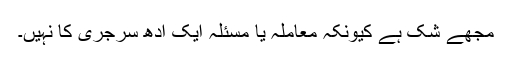
مجھے شک ہے کیونکہ معاملہ یا مسئلہ ایک آدھ سرجری کا نہیں۔